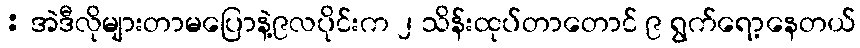
: အဲဒီလိုများတာမပြောနဲ့၉လပိုင်းက ၂ သိန်းထုပ်တာတောင် ၉ ရွက်ရော့နေတယ်